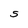
Character: S